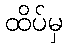
ထိပ်မှ